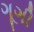
ગૂગી